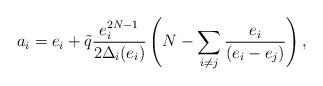
LaTeX: \begin{align*}a_{i} = e_{i} + \tilde{q} \frac{e_{i}^{2N-1}}{2 \Delta_{i}(e_{i})} \left( N - \sum_{i \neq j} \frac{e_{i}}{(e_{i} - e_{j})} \right), \end{align*}